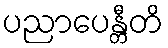
ပညာပေန္တီတိ